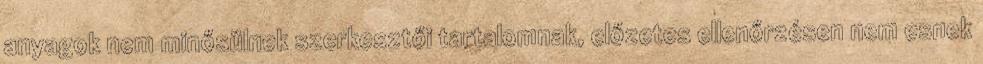
anyagok nem minősülnek szerkesztői tartalomnak, előzetes ellenőrzésen nem esnek